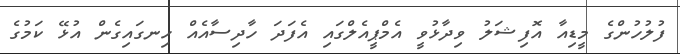
ފުލުހުންގެ މީޑިއާ އޮފިޝަލު ވިދާޅުވީ އެމްޕީއެލްގައި އެފަދަ ހާދިސާއެއް ހިނގައިގެން އުޅޭ ކަމުގެ